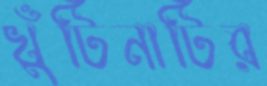
খুঁটিনাটির